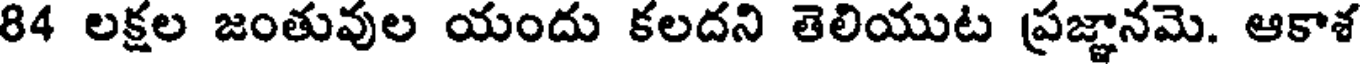
84 లక్షల జంతువుల యందు కలదని తెలియుట ప్రజ్ఞానమె. ఆకాశ